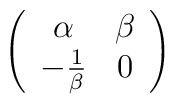
\left( \begin{array}{cc}\alpha  & \beta \\-\frac{1}{\beta } & 0\end{array}\right)